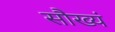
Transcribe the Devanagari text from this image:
सौख्यं